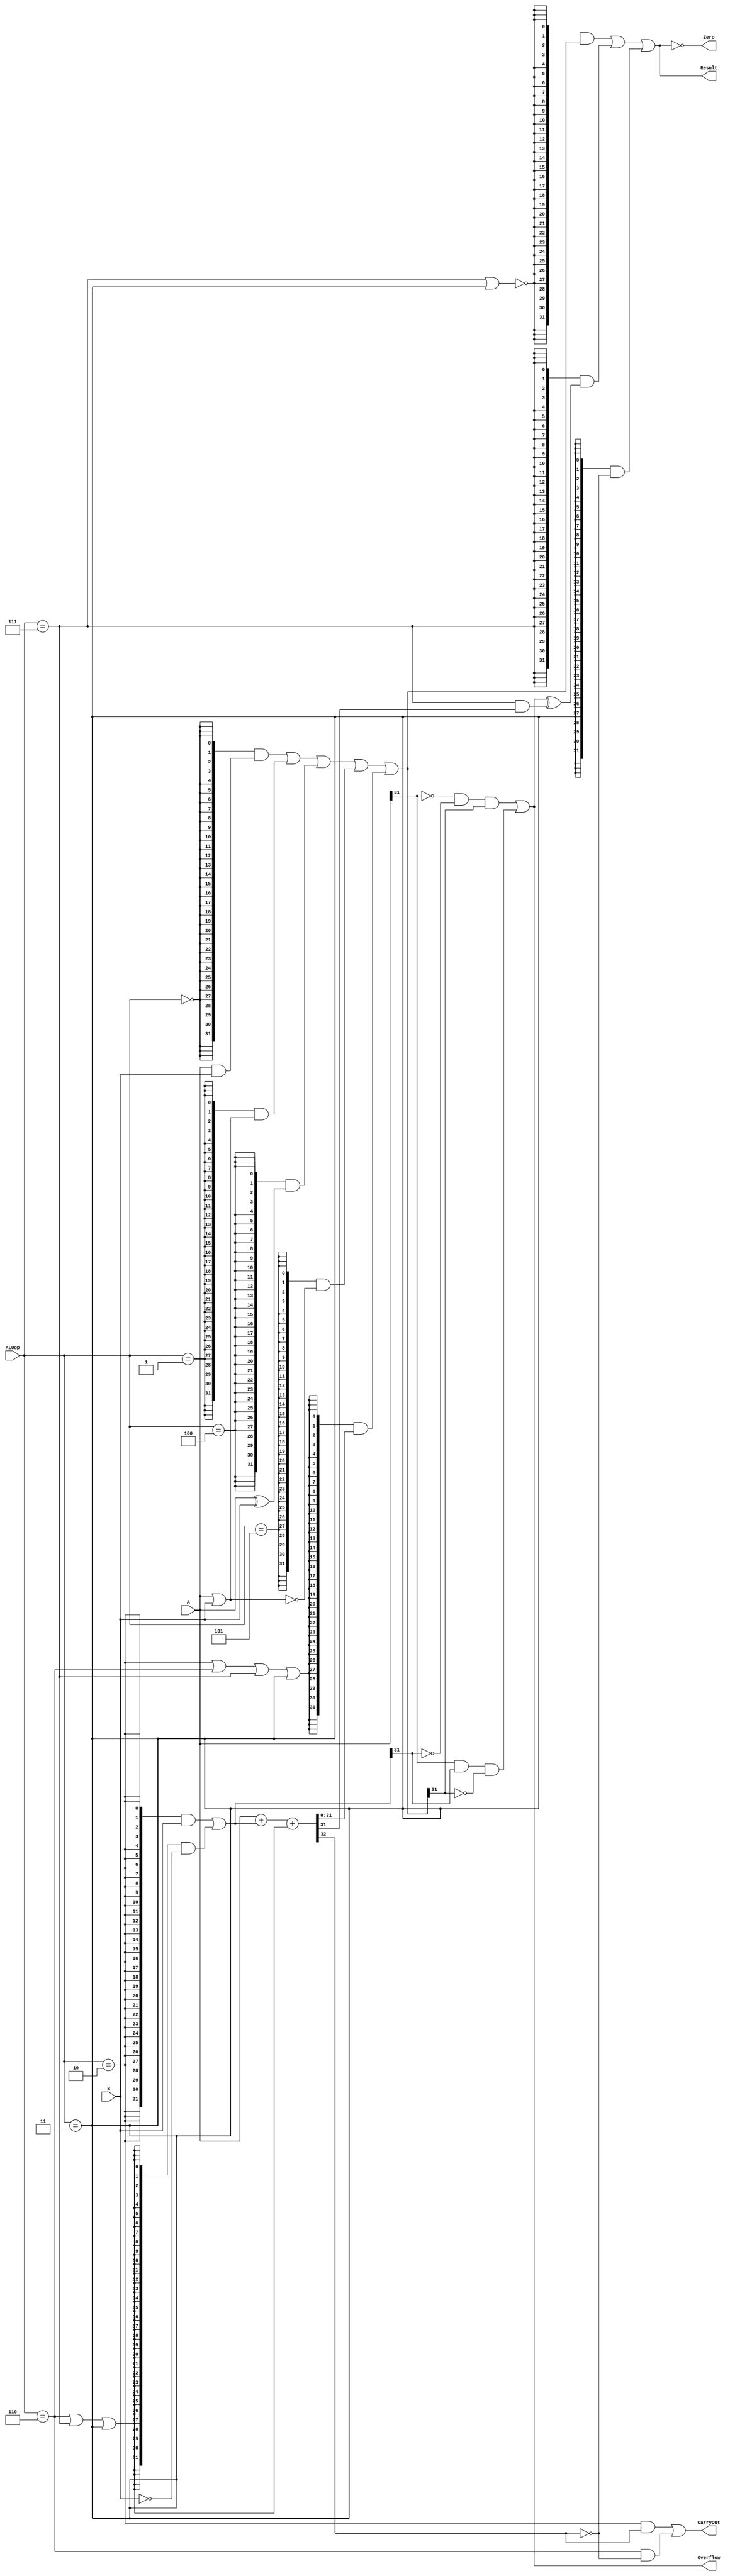
`timescale 10 ns / 1 ns

`define DATA_WIDTH 32
`define ALUOP_AND 3'b000
`define ALUOP_OR 3'b001
`define ALUOP_ADD 3'b010
`define ALUOP_XOR 3'b100
`define ALUOP_NOR 3'b101
`define ALUOP_SUB 3'b110
`define ALUOP_SLT 3'b111
`define ALUOP_SLTU 3'b011

module alu(
	input  [`DATA_WIDTH - 1:0]  A,
	input  [`DATA_WIDTH - 1:0]  B,
	input  [              2:0]  ALUop,
	output                      Overflow,
	output                      CarryOut,
	output                      Zero,
	output [`DATA_WIDTH - 1:0]  Result
);
	// TODO: Please add your logic design here

	//
	wire op_and = ALUop == `ALUOP_AND;
	wire op_or = ALUop == `ALUOP_OR;
	wire op_add = ALUop == `ALUOP_ADD;
	wire op_sub = ALUop == `ALUOP_SUB;
	wire op_slt = ALUop == `ALUOP_SLT;
	wire op_xor = ALUop == `ALUOP_XOR;
	wire op_nor = ALUop == `ALUOP_NOR;
	wire op_sltu = ALUop == `ALUOP_SLTU;

	//
	wire [`DATA_WIDTH - 1:0] temp = ({`DATA_WIDTH{op_add}} & B) | ({`DATA_WIDTH{op_sub | op_slt | op_sltu}} & (~B));
	wire cin = op_sub | op_slt | op_sltu;
	wire [`DATA_WIDTH - 1:0] result_temp;
	wire CarryOut_temp;
	
	//
	wire [`DATA_WIDTH - 1:0] and_res = A & B;
	wire [`DATA_WIDTH - 1:0] or_res = A | B;
	wire [`DATA_WIDTH - 1:0] xor_res = A ^ B;
	wire [`DATA_WIDTH - 1:0] nor_res = ~(A | B);
	wire [`DATA_WIDTH - 1:0] add_res;
	assign {CarryOut_temp,add_res} = A + temp + cin;

	//
	assign result_temp = {`DATA_WIDTH{op_and}} & and_res | 
			{`DATA_WIDTH{op_or}} & or_res | 
			{`DATA_WIDTH{op_xor}} & xor_res | 
			{`DATA_WIDTH{op_nor}} & nor_res | 
			{`DATA_WIDTH{op_add | op_sub | op_slt | op_sltu}} & add_res;

	assign Overflow = (~A[`DATA_WIDTH - 1] & ~temp[`DATA_WIDTH - 1] & result_temp[`DATA_WIDTH - 1] | 
		          A[`DATA_WIDTH - 1] & temp[`DATA_WIDTH - 1] & ~result_temp[`DATA_WIDTH - 1]); 
	
	assign Result = {`DATA_WIDTH{~(op_slt | op_sltu)}} & result_temp | 
			{`DATA_WIDTH{op_slt}} &  {{`DATA_WIDTH - 1{1'b0}}, Overflow ^ (op_slt & add_res[`DATA_WIDTH - 1])} | 
			{`DATA_WIDTH{op_sltu}} &  {{`DATA_WIDTH - 1{1'b0}}, ~CarryOut_temp};
	
	assign CarryOut = (op_add & CarryOut_temp) | (op_sub & ~CarryOut_temp);

	assign Zero = (Result == 32'b0);

endmodule